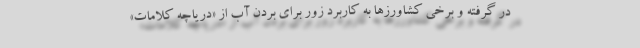
در گرفته و برخی کشاورزها به کاربرد زور برای بردن آب از «دریاچه کلامات»